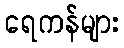
ရေကန်များ